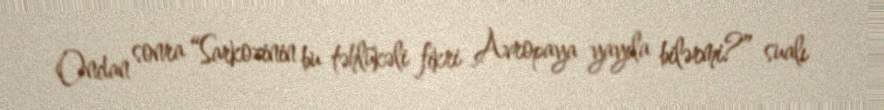
Ondan sonra “Sarkozinin bu təhlükəli fikri Avropaya yayıla bilərmi?” sualı